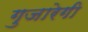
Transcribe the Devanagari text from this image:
गुजारेगी